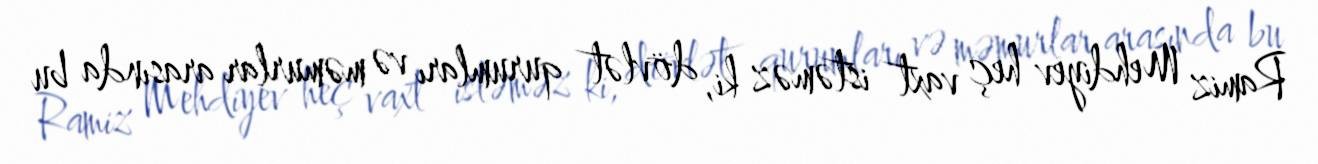
Ramiz Mehdiyev heç vaxt istəməz ki, dövlət qurumları və məmurlar arasında bu